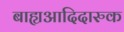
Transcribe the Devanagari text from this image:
बाह्यआदिदारुक